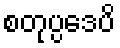
စတုပ္ပဒေပိ